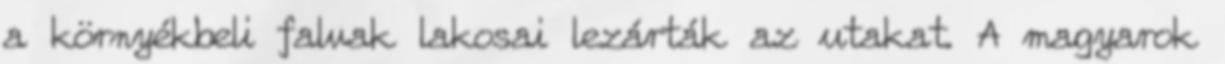
a környékbeli falvak lakosai lezárták az utakat. A magyarok